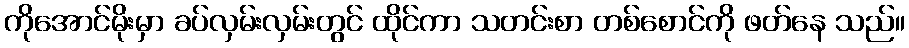
ကိုအောင်မိုးမှာ ခပ်လှမ်းလှမ်းတွင် ထိုင်ကာ သတင်းစာ တစ်စောင်ကို ဖတ်နေ သည်။